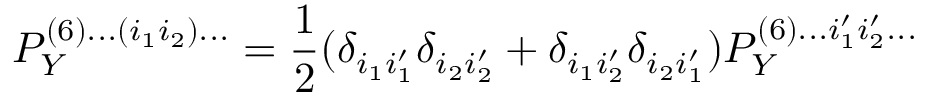
P _ { Y } ^ { ( 6 ) . . . ( i _ { 1 } i _ { 2 } ) . . . } = \frac { 1 } { 2 } ( \delta _ { i _ { 1 } i _ { 1 } ^ { \prime } } \delta _ { i _ { 2 } i _ { 2 } ^ { \prime } } + \delta _ { i _ { 1 } i _ { 2 } ^ { \prime } } \delta _ { i _ { 2 } i _ { 1 } ^ { \prime } } ) P _ { Y } ^ { ( 6 ) . . . i _ { 1 } ^ { \prime } i _ { 2 } ^ { \prime } . . . }